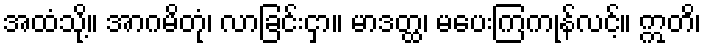
အထံသို့။ အာဂမိတုံ၊ လာခြင်းငှာ။ မာဒတ္ထ၊ မပေးကြကုန်လင့်။ ဣတိ၊